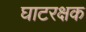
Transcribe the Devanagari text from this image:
घाटरक्षक